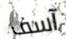
آسف